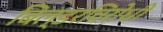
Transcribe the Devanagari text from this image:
बिल्डरविरोधी